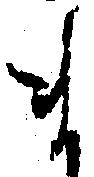
ま